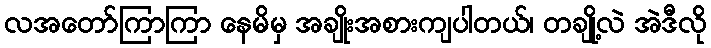
လအတော်ကြာကြာ နေမိမှ အချိုးအစားကျပါတယ်၊ တချို့လဲ အဲဒီလို